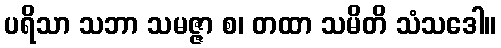
ပရိသာ သဘာ သမဇ္ဇာ စ၊ တထာ သမိတိ သံသဒေါ။